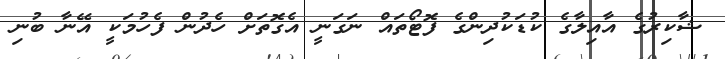
ޝާކިރުގެ އާއިލާގެ ކުޑަކުދިންގެ ފޮޓޯތައް ނަގަނީ އެގޮތަށް ހެދުން ފެހުމަކީ އޭނާ ބުނި